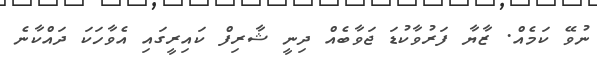
ނުވޭ ކަމެއް. ޒާޔާ ފަރުވާކުޑަ ޖަވާބެއް ދިނީ ޝާރިފް ކައިރީގައި އެވާހަކަ ދައްކާނެ